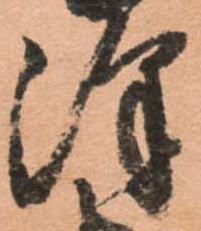
澤